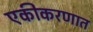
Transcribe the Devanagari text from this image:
एकीकरणात